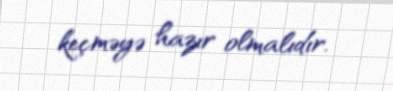
keçməyə hazır olmalıdır.